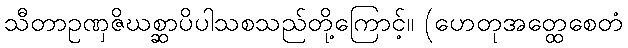
သီတာဥဏှဇိဃစ္ဆာပိပါသစသည်တို့ကြောင့်။ (ဟေတုအတ္ထေစေတံ